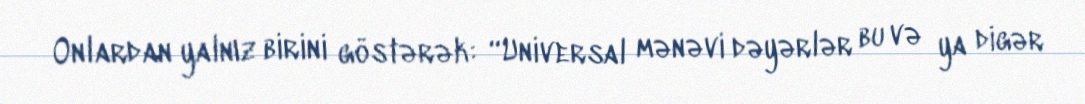
Onlardan yalnız birini göstərək: “Universal mənəvi dəyərlər bu və ya digər